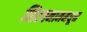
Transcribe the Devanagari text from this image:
व्हिएतनाममधून